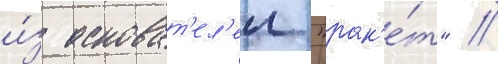
и́з основат'ел'еи "рак'е́т" /